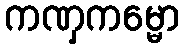
ကဏှကမ္မော